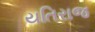
યતિરાજ